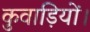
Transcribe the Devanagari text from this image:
कुवाड़ियों।